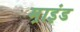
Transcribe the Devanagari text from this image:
म़ाइंड